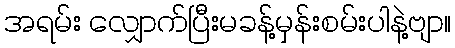
အရမ်း လျှောက်ပြီးမခန့်မှန်းစမ်းပါနဲ့ဗျာ။